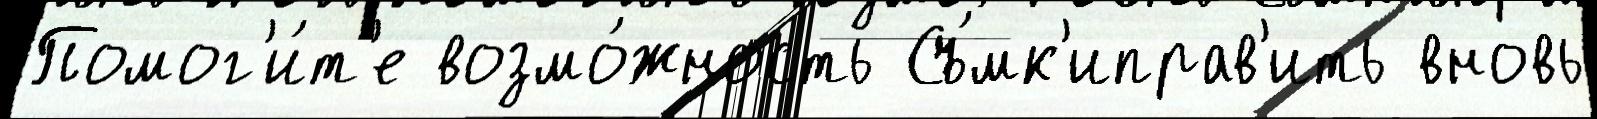
Помог'и́т'е возмо́жность Съ́мк'иправ'ить вновь